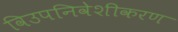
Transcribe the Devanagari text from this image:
विउपनिवेशीकरण